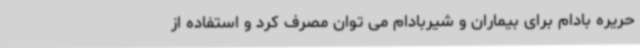
حریره بادام برای بیماران و شیربادام می توان مصرف کرد و استفاده از